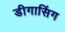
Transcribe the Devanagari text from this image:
डीगासिंग